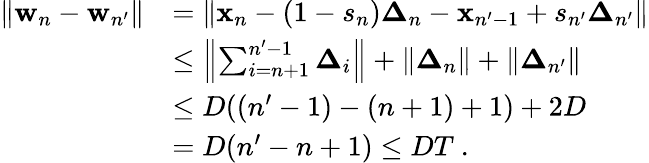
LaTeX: \begin{array}{rl}{\| {\mathbf w}_{n}-{\mathbf w}_{n^{\prime}}\| }&{=\| {\mathbf x}_{n}-(1-s_{n}){\boldsymbol\Delta}_{n}-{\mathbf x}_{n^{\prime}-1}+s_{n^{\prime}}{\boldsymbol\Delta}_{n^{\prime}}\| }\\ &{\le\left\| \sum_{i=n+1}^{n^{\prime}-1}{\boldsymbol\Delta}_{i}\right\| +\| {\boldsymbol\Delta}_{n}\| +\| {\boldsymbol\Delta}_{n^{\prime}}\| }\\ &{\le D((n^{\prime}-1)-(n+1)+1)+2D}\\ &{=D(n^{\prime}-n+1)\le DT~.}\end{array}